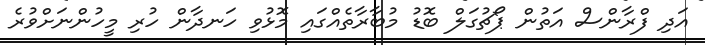
އަދި ފްރާންސް އަތުން ޕޯޗުގަލް ބޮޑު މުބާރާތެއްގައި މޮޅުވި ހަނދާން ހުރި މީހުންނަށްވުރެ